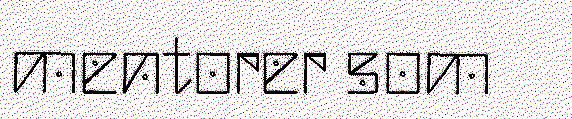
mentorer som